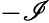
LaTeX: -\mathscr{I}